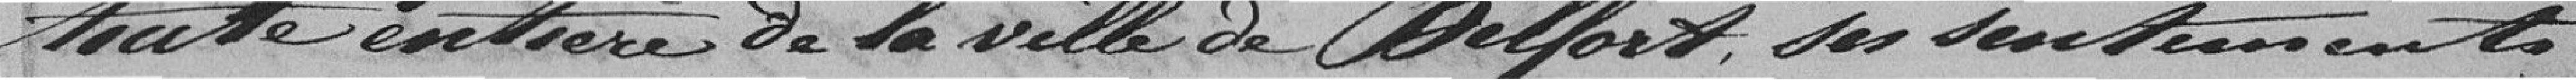
toute entière de la Ville de Belfort, ses sentiments